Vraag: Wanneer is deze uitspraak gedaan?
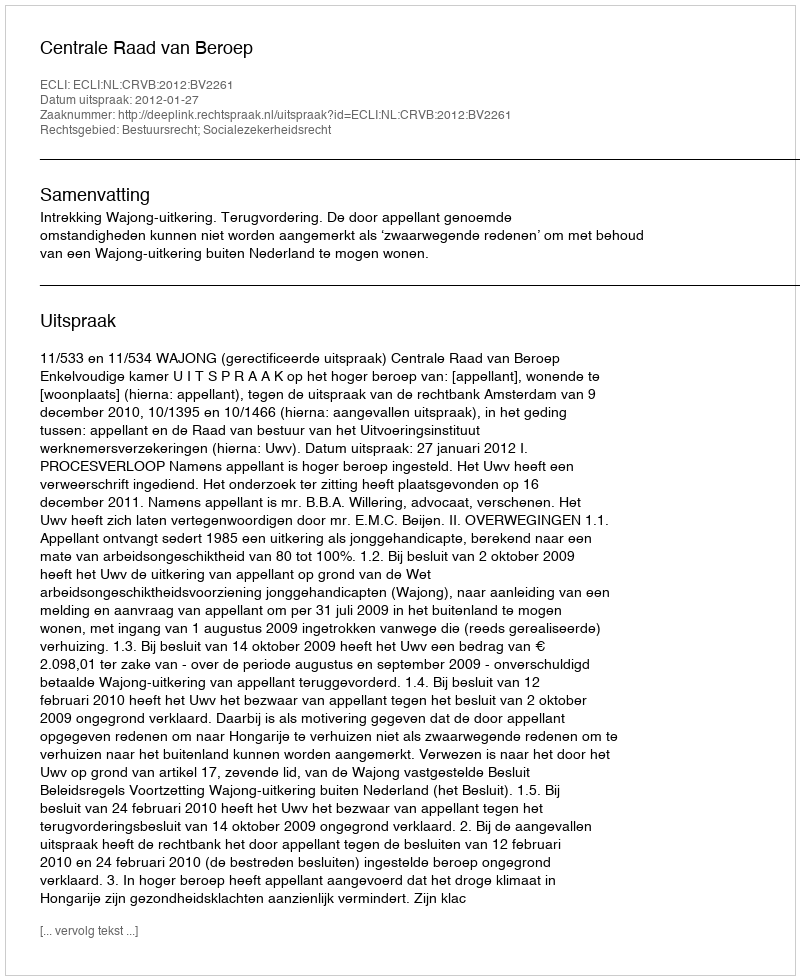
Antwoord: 2012-01-27